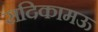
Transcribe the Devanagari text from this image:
सदिकामऊ